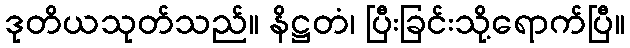
ဒုတိယသုတ်သည်။ နိဋ္ဌတံ၊ ပြီးခြင်းသို့ရောက်ပြီ။